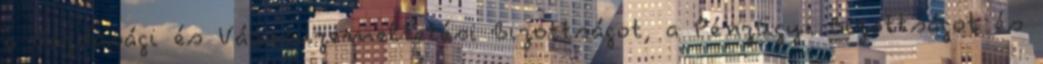
a Gazdasági és Városüzemeltetési Bizottságot, a Pénzügyi Bizottságot és